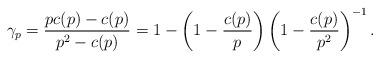
LaTeX: \begin{align*}\gamma_p=\frac{p c(p)-c(p)}{p^2-c(p)}=1-\left( 1-\frac{c(p)}{p} \right) \left( 1-\frac{c(p)}{p^2} \right)^{-1}.\end{align*}